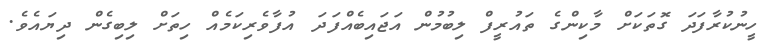
ހީނުކުރާފަދަ ގޮތަކަށް މާކިންގެ ތައުރީފް ލިބުމުން އަޖައިބެއްފަދަ އުފާވެރިކަމެއް ހިތަށް ލިބިގެން ދިޔައެވެ.